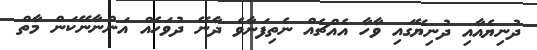
ދުނިޔެއާއި ދުނިޔޭގައި ވާހާ އެއްޗެއް ނެތިފަނާވެ ދާނޭ ދުވަހެއް އަންނާނޭކަން މާތް